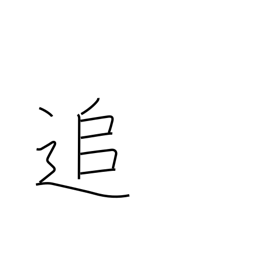
Meaning: meanwhile